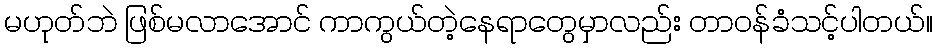
မဟုတ်ဘဲ ဖြစ်မလာအောင် ကာကွယ်တဲ့နေရာတွေမှာလည်း တာဝန်ခံသင့်ပါတယ်။